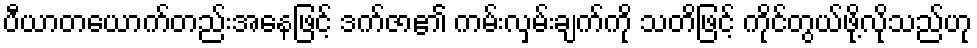
ပီယာတယောက်တည်းအနေဖြင့် ဒက်ဇာ၏ ကမ်းလှမ်းချက်ကို သတိဖြင့် ကိုင်တွယ်ဖို့လိုသည်ဟု